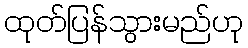
ထုတ်ပြန်သွားမည်ဟု